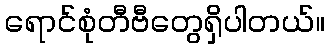
ရောင်စုံတီဗီတွေရှိပါတယ်။